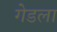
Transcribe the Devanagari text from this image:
गेडला